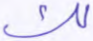
لك